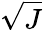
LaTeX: \sqrt{J}